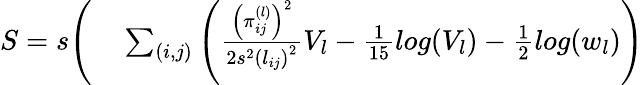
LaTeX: \begin{array}{rl}{S=s\Bigg(}&{{}\sum_{(i,j)}\left(\frac{\left(\pi_{ij}^{(l)}\right)^{2}}{2s^{2}\left(l_{ij}\right)^{2}}V_{l}-\frac{1}{15}log(V_{l})-\frac{1}{2}log(w_{l})\right)}\end{array}